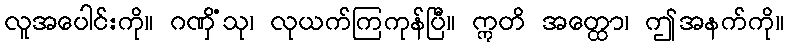
လူအပေါင်းကို။ ဂဏှိံသု၊ လုယက်ကြကုန်ပြီ။ ဣတိ အတ္ထော၊ ဤအနက်ကို။